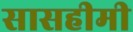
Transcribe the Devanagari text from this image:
सासहीमी